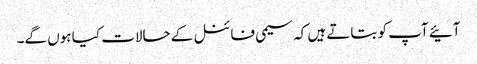
آئیے آپ کو بتاتے ہیں کہ سیمی فائنل کے حالات کیا ہوں گے۔